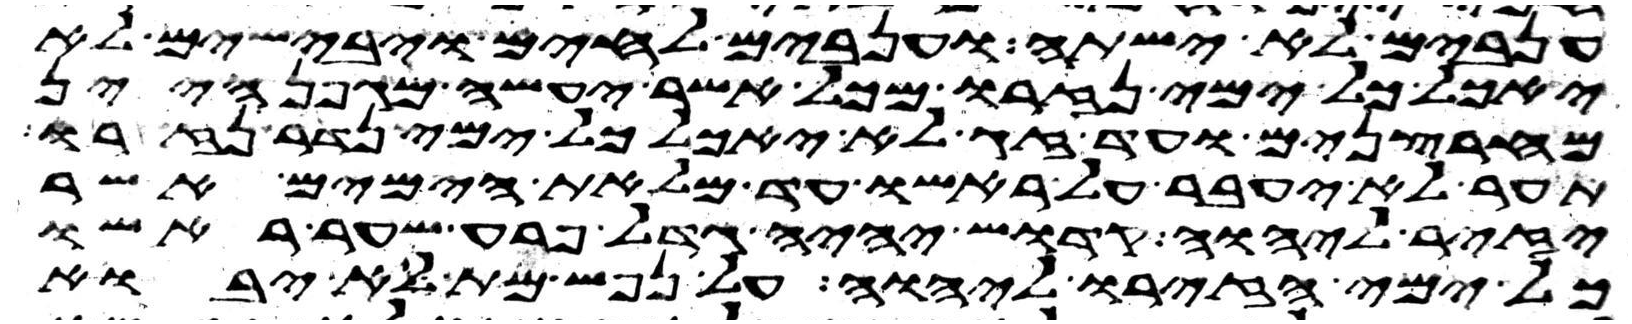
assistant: ענבים לא ישתה וענבים לחים ויבישים לא
יאכל כל ימי נזרו מכל אשר יעשה מגפן היין
מחרצנים ועד זג לא יאכל כל ימי נדר נזרו
תער לא יעבר על ראשו עד מלאת הימים אשר
יזיר ליהוה קדוש יהיה גדל פרע שער ראשו
כל ימי הזירו ליהוה על נפש מת לא יבוא